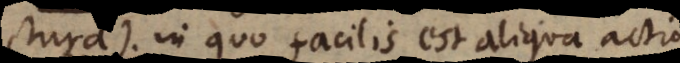
ctura), in quo facilis est aliqua actio.